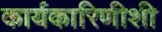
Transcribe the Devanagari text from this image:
कार्यकारिणीशी